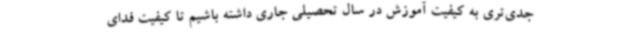
جدی‌تری به کیفیت آموزش در سال تحصیلی جاری داشته باشیم تا کیفیت فدای